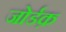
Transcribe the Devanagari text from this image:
जोर्डक़